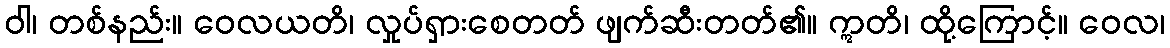
ဝါ၊ တစ်နည်း။ ဝေလယတိ၊ လှုပ်ရှားစေတတ် ဖျက်ဆီးတတ်၏။ ဣတိ၊ ထို့ကြောင့်။ ဝေလ၊